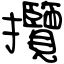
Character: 攬